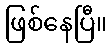
ဖြစ်နေပြီ။